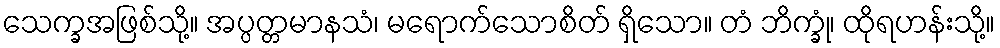
သေက္ခအဖြစ်သို့။ အပ္ပတ္တမာနသံ၊ မရောက်သောစိတ် ရှိသော။ တံ ဘိက္ခုံ၊ ထိုရဟန်းသို့။